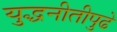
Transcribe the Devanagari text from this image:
युद्धनीतीपुढे